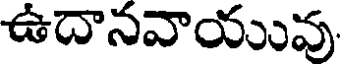
ఉదానవాయువు